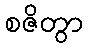
စဇိတွာ